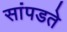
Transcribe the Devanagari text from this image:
सांपडते